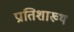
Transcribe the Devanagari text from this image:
प्रातिशाख्थ